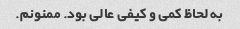
به لحاظ کمی و کیفی عالی بود. ممنونم.